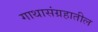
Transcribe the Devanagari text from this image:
गाथासंग्रहातील